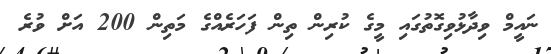
ނައީމް ވިދާޅުވިގޮތުގައި މީގެ ކުރިން ތިން ފަހަރެއްގެ މަތިން 200 އަށް ވުރެ